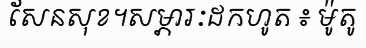
សែនសុខ។សម្ភារៈដកហូត ៖ ម៉ូតូ